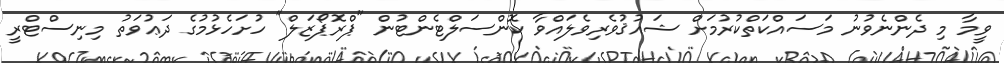
ވީމާ މި ދެންނެވުނު މަސައްކަތްކުރުމަށް ޝައުޤުވެރިވެލައްވާ ކޮންސަލްޓެންޓުން "ޕްރޮޕޯޒަލް" ހުށަހެޅުމުގެ ދަޢުވަތު މިނިސްޓްރީ